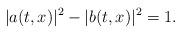
LaTeX: \begin{align*}|a(t,x)|^2 - |b(t,x)|^2 =1. \end{align*}